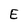
Character: E